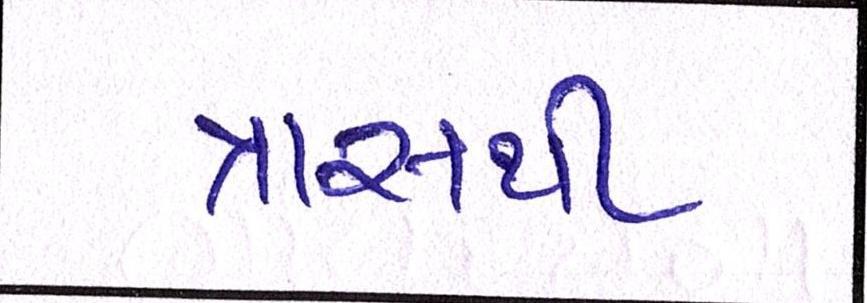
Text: ત્રાસથી